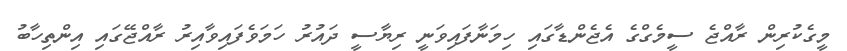
މީގެކުރިން ރާއްޖެ ސީމެގްގެ އެޖެންޑާގައި ހިމަނާފައިވަނީ ރިޔާސީ ދައުރު ހަމަވެފައިވާއިރު ރާއްޖޭގައި އިންތިހާބު